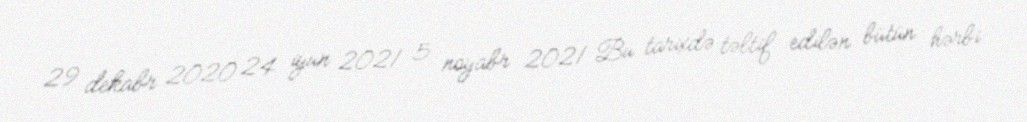
29 dekabr 2020 24 iyun 2021 5 noyabr 2021 Bu tarixdə təltif edilən bütün hərbi